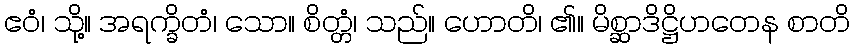
ဧဝံ၊ သို့။ အရက္ခိတံ၊ သော။ စိတ္တံ၊ သည်။ ဟောတိ၊ ၏။ မိစ္ဆာဒိဋ္ဌိဟတေန စာတိ